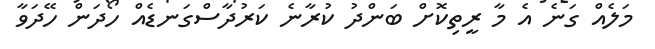
މަލެއް ގަނެ އެ މާ ރީތިކޮށް ބަންދު ކުރާނެ ކަރުދާސްގަނޑެއް ހޯދަން ހޭދަވާ